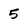
Character: 5